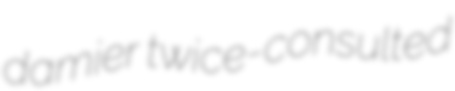
damier twice-consulted